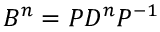
B ^ { n } = P D ^ { n } P ^ { - 1 }